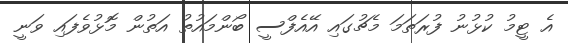
އެ ޓީމު ކުޅުނު ފުރަތަމަ މެޗުގައި އޭއެފްސީ ބޯންމައުތު އަތުން މޮޅުވެފައި ވަނީ